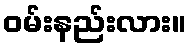
ဝမ်းနည်းလား။